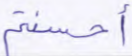
أحسنتم